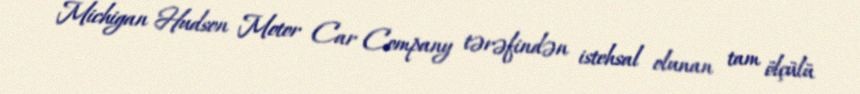
Michigan Hudson Motor Car Company tərəfindən istehsal olunan tam ölçülü